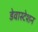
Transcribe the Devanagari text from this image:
डेवास्टेशन